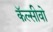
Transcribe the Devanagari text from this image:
कॅल्सीवो